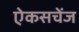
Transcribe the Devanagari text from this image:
ऐकसचेंज